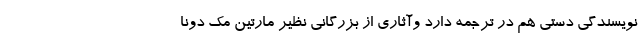
نویسندگی دستی هم در ترجمه دارد وآثاری از بزرگانی نظیر مارتین مک دونا